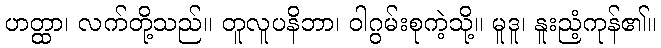
ဟတ္ထာ၊ လက်တို့သည်။ တူလူပနိဘာ၊ ဝါဂွမ်းစုကဲ့သို့။ မူဒူ၊ နူးညံ့ကုန်၏။